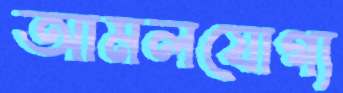
আমলযোগ্য